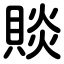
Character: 賧